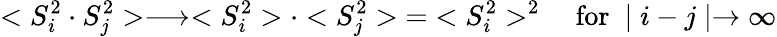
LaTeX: <S_{i}^{2}\cdot S_{j}^{2}>\longrightarrow<S_{i}^{2}>\cdot<S_{j}^{2}>\; =\; <S_{i}^{2}>^{2}\quad\mathrm{for~}\mid i-j\mid\rightarrow\infty